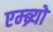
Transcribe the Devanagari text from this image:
एम्ब्र्यो